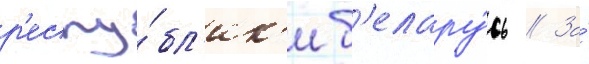
р'еспу́бл'ик'и б'елару́сь // За́